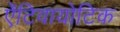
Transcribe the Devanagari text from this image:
ऐंटिवायोटिक